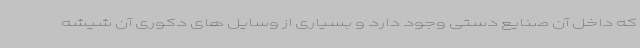
که داخل آن صنایع دستی وجود دارد و بسیاری از وسایل های دکوری آن شیشه